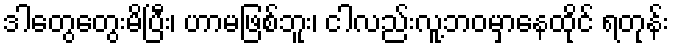
ဒါတွေတွေးမိပြီး၊ ဟာမဖြစ်ဘူး၊ ငါလည်းလူ့ဘဝမှာနေထိုင် ရတုန်း